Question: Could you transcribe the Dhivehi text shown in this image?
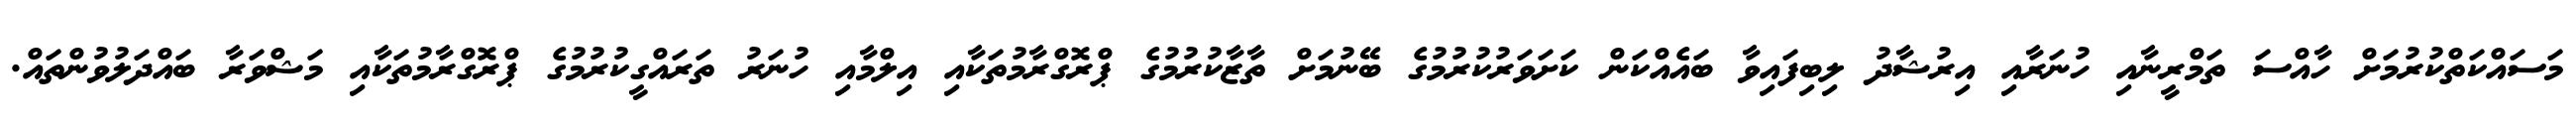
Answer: މަސައްކަތްކުރުމަށް ހާއްސަ ތަމްރީނާއި ހުނަރާއި އިރުޝާދު ލިބިފައިވާ ބައެއްކަން ކަށަވަރުކުރުމުގެ ބޭނުމަށް ތާޒާކުރުމުގެ ޕްރޮގްރާމުތަކާއި އިލްމާއި ހުނަރު ތަރައްގީކުރުމުގެ ޕްރޮގްރާމުތަކާއި މަޝްވަރާ ބައްދަލުވުންތައް.